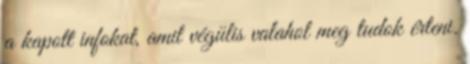
a kapott infokat, amit végülis valahol meg tudok érteni.